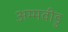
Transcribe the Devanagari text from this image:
अम्मवीडु